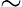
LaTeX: \sim